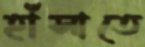
হাঁসাতে